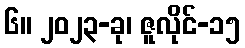
၆။ ၂၀၂၃-ခု၊ ဇူလိုင်-၁၅